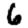
Digit: 6